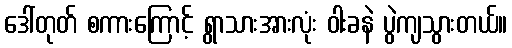
ဒေါ်တုတ် စကားကြောင့် ရွာသားအားလုံး ဝါးခနဲ ပွဲကျသွားတယ်။